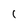
Character: 1